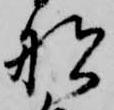
船